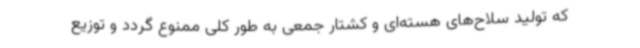
که تولید سلاح‌های هسته‌ای و کشتار جمعی به طور کلی ممنوع گردد و توزیع